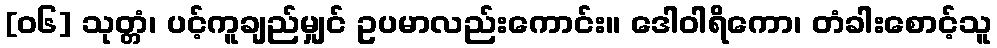
[၀၆] သုတ္တံ၊ ပင့်ကူချည်မျှင် ဥပမာလည်းကောင်း။ ဒေါဝါရိကော၊ တံခါးစောင့်သူ